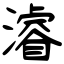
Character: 濬